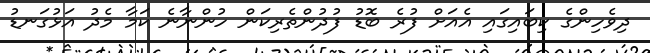
ދިވެހިންގެ ކިބައިގައި އެއަށް ފުރެ ބޮޑު ފުދުންތެރިކަން ހުންނާނެ ކަމާ މެދު އަޅުގަނޑު